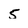
Character: 5